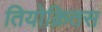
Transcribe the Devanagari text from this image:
तियोक्रितस